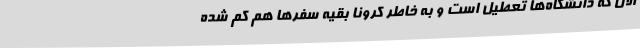
الان که دانشگاه‌ها تعطیل است و به خاطر کرونا بقیه سفرها هم کم شده